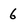
Character: 6